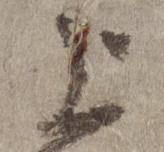
上